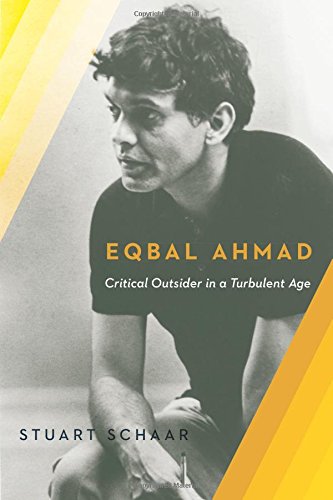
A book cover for Eqbal Ahmad: Critical Outsider in a Turbulent Age; Stuart Schaar; Biographies & Memoirs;